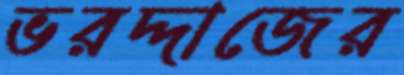
ভরদ্দাজের